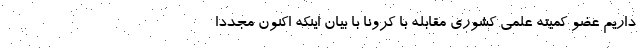
داریم عضو کمیته علمی کشوری مقابله با کرونا با بیان اینکه اکنون مجددا